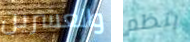
والعشرين ينظم